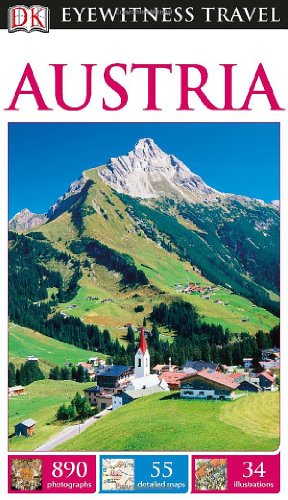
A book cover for DK Eyewitness Travel Guide: Austria; DK Publishing; Travel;